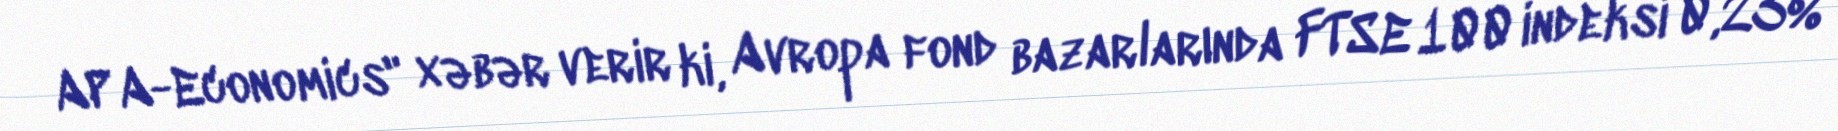
APA-Economics" xəbər verir ki, Avropa fond bazarlarında FTSE 100 indeksi 0,23%